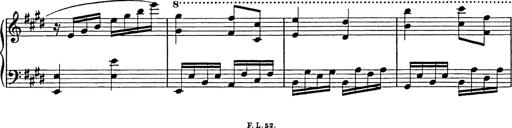
Title: 8 Variations
Composer: Franz Liszt
Key: A-flat major